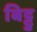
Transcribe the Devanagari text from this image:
बिट्टु